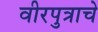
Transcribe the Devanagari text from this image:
वीरपुत्राचे